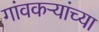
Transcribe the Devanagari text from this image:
गांवकऱ्यांच्या